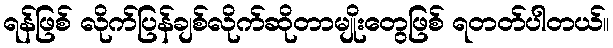
ရန်ဖြစ် လိုက်ပြန်ချစ်လိုက်ဆိုတာမျိုးတွေဖြစ် ရတတ်ပါတယ်။